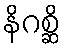
နိဂစ္ဆိ